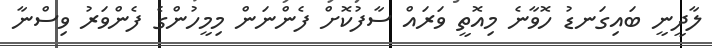
ލާދީނީ ބައިގަނޑު ހޮވާނެ މިއޮތީ ވަރައް ސާފުކޮށް ފެންނަން މިމީހުންގެ ފެންވަރު ވިސްނާ